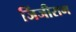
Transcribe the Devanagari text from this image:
जिंजीराम